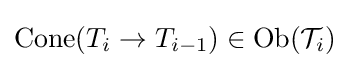
\operatorname {Cone} (T_{i}\to T_{i-1})\in \operatorname {Ob} ({\mathcal {T}}_{i})